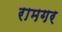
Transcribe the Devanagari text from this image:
रामगर